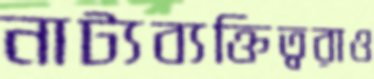
নাট্যব্যক্তিত্বরাও